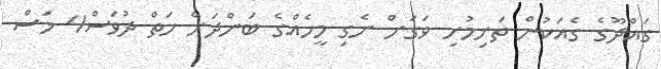
ގައްދޫގެ ގެއަކުން ތަށިމުށި ވަގަށް ނެގި މީހެއްގެ ބަންދަށް ހަތް ދުވަސް4 މަސް